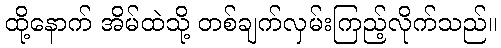
ထို့နောက် အိမ်ထဲသို့ တစ်ချက်လှမ်းကြည့်လိုက်သည်။